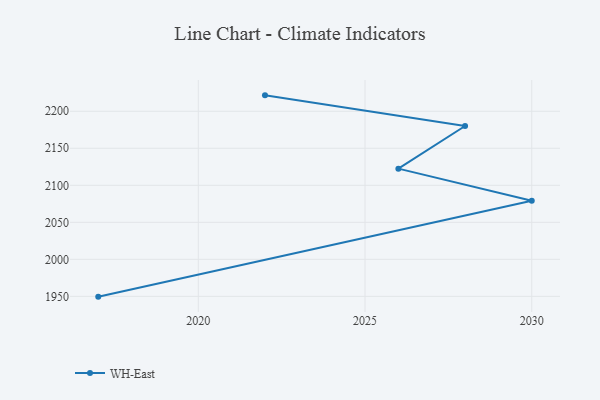
{"axis": {"x": "Year", "y": "Inventory Turnover"}, "legend": ["WH-East"], "data": [{"x": "2017", "y": 1949.6, "type": "WH-East"}, {"x": "2030", "y": 2079.2, "type": "WH-East"}, {"x": "2026", "y": 2122.5, "type": "WH-East"}, {"x": "2028", "y": 2180.1, "type": "WH-East"}, {"x": "2022", "y": 2221.5, "type": "WH-East"}]}